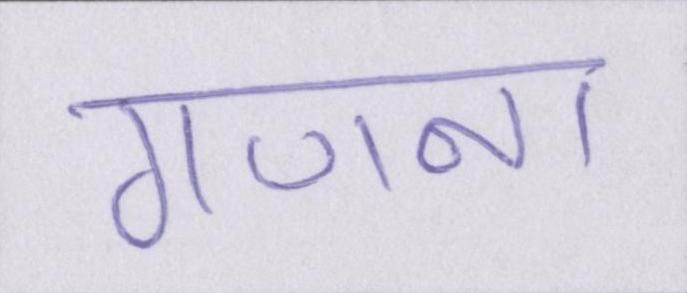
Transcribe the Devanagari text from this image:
गणना